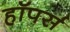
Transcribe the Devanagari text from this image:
हॉपर्स